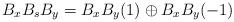
LaTeX: \begin{align*}B_xB_sB_y = B_xB_y(1) \oplus B_xB_y(-1)\end{align*}